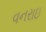
વનરાઇ